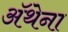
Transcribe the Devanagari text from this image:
ॲथेना